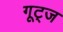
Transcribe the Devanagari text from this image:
गूट्ज